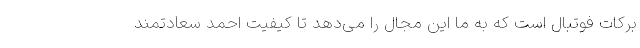
برکات فوتبال است که به ما این مجال را می‌دهد تا کیفیت احمد سعادتمند